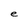
Character: e